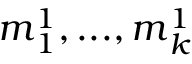
\boldsymbol { m } _ { 1 } ^ { 1 } , . . . , \boldsymbol { m } _ { k } ^ { 1 }